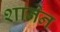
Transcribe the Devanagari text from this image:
शानेन